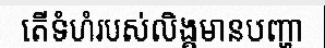
តើទំហំរបស់លិង្គមានបញ្ហា